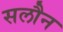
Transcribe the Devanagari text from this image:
सलौन